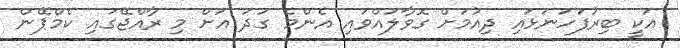
އަކީ ބިރުފަހަނަޅައި ދިއުމަށް ގޮވާލައްވައި އެންމެ ގަދަ އަށް މި ރާއްޖޭގައި ކެމްޕޭން